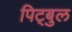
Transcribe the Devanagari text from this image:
पिट्बुल